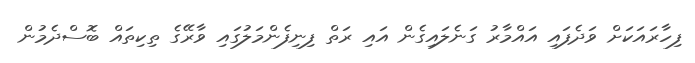
ފިހާރައަކަށް ވަދެފައި އައްމާރު ގަނެލައިގެން އައި ރަތް ފިނިފެންމަލުގައި ވާރޭގެ ތިކިތައް ބޮސްދެމުން